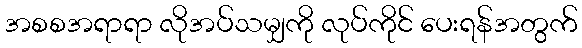
အစစအရာရာ လိုအပ်သမျှကို လုပ်ကိုင် ပေးရန်အတွက်